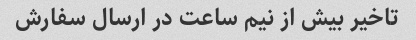
تاخیر بیش از نیم ساعت در ارسال سفارش